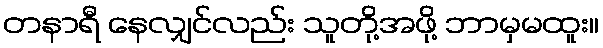
တနာရီ နေလျှင်လည်း သူတို့အဖို့ ဘာမှမထူး။